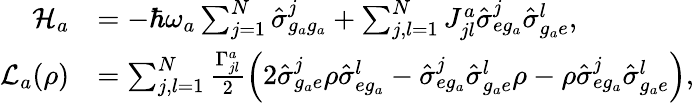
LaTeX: \begin{array}{rl}{\mathcal{H}_{a}}&{=-\hbar\omega_{a}\sum_{j=1}^{N}\hat{\sigma}_{g_{a}g_{a}}^{j}+\sum_{j,l=1}^{N}J_{jl}^{a}\hat{\sigma}_{eg_{a}}^{j}\hat{\sigma}_{g_{a}e}^{l},}\\ {\mathcal{L}_{a}(\rho)}&{=\sum_{j,l=1}^{N}\frac{\Gamma_{jl}^{a}}{2}\left(2\hat{\sigma}_{g_{a}e}^{j}\rho\hat{\sigma}_{eg_{a}}^{l}-\hat{\sigma}_{eg_{a}}^{j}\hat{\sigma}_{g_{a}e}^{l}\rho-\rho\hat{\sigma}_{eg_{a}}^{j}\hat{\sigma}_{g_{a}e}^{l}\right),}\end{array}